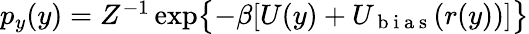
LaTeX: \begin{array}{r}{p_{y}(y)=Z^{-1}\exp\bigl\{ -\beta[U(y)+U_{\mathrm{~b~i~a~s~}}(r(y))]\bigr\} }\end{array}